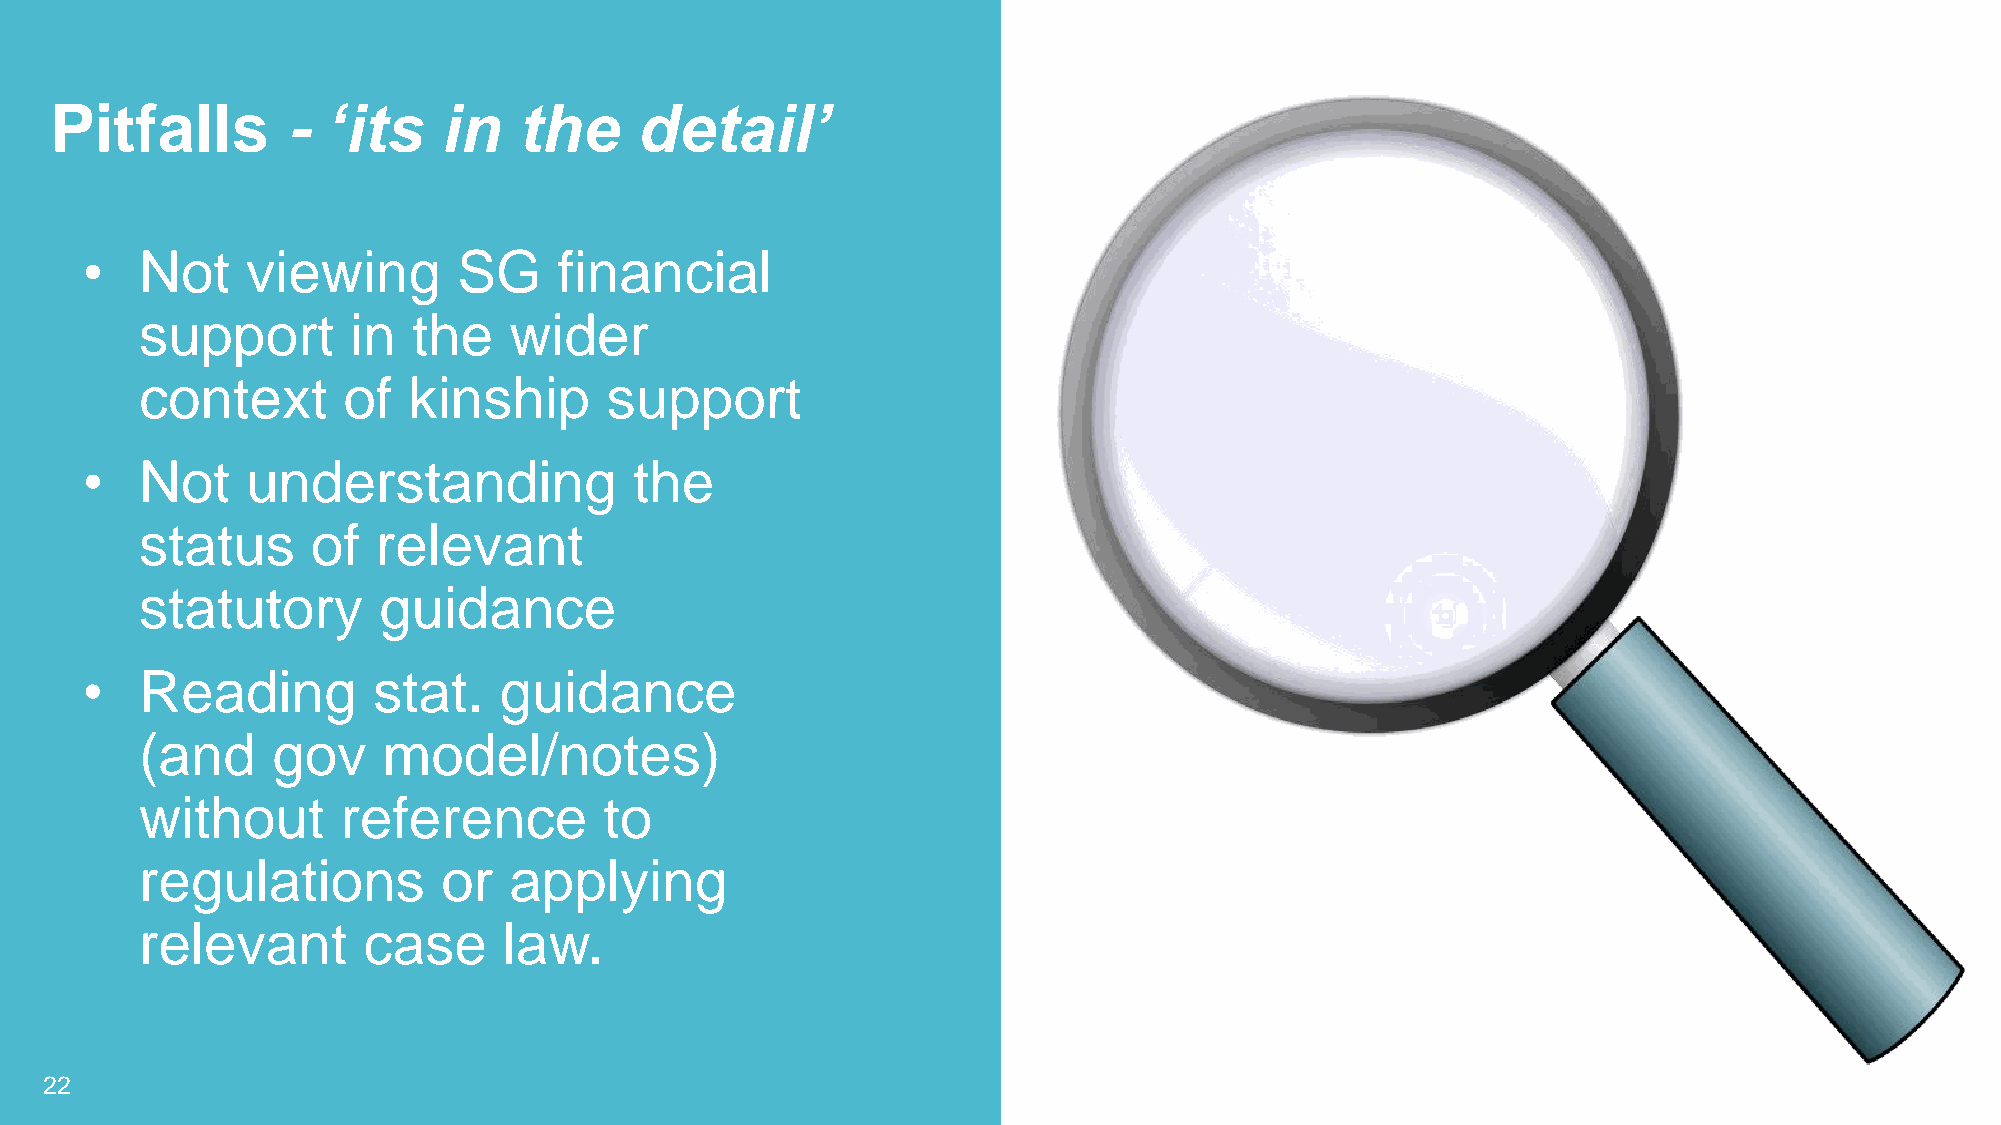
Pitfalls        -  ‘its   in   the     detail’
 •   Not    viewing       SG     financial
 support       in  the    wider
 context       of  kinship      support
 •   Not    understanding             the
 status      of  relevant
 statutory       guidance
 •   Reading         stat.   guidance
 (and     gov    model/notes)
 without       reference        to
 regulations         or   applying
 relevant       case     law.
 22